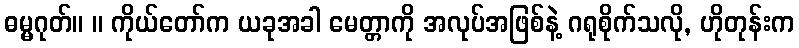
ဓမ္မဂုတ်။ ။ ကိုယ်တော်က ယခုအခါ မေတ္တာကို အလုပ်အဖြစ်နဲ့ ဂရုစိုက်သလို, ဟိုတုန်းက